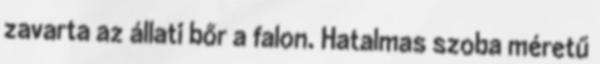
zavarta az állati bőr a falon. Hatalmas szoba méretű